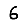
Digit: 6